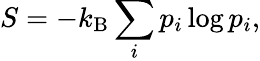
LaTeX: S=-k_{\mathrm{B}}\sum_{i}p_{i}\log p_{i},